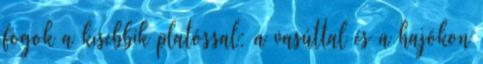
fogok a kisebbik platóssal: a vasúttal és a hajókon